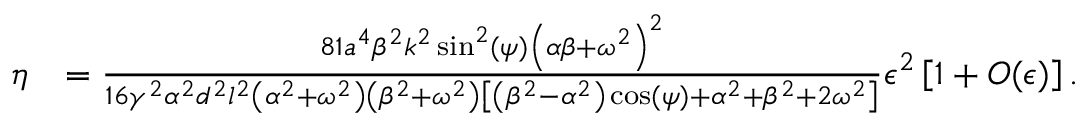
\begin{array} { r l } { \eta } & { = \frac { 8 1 a ^ { 4 } \beta ^ { 2 } k ^ { 2 } \sin ^ { 2 } ( \psi ) \left( \alpha \beta + \omega ^ { 2 } \right) ^ { 2 } } { 1 6 \gamma ^ { 2 } \alpha ^ { 2 } d ^ { 2 } l ^ { 2 } \left( \alpha ^ { 2 } + \omega ^ { 2 } \right) \left( \beta ^ { 2 } + \omega ^ { 2 } \right) \left[ \left( \beta ^ { 2 } - \alpha ^ { 2 } \right) \cos ( \psi ) + \alpha ^ { 2 } + \beta ^ { 2 } + 2 \omega ^ { 2 } \right] } \epsilon ^ { 2 } \left[ 1 + O ( \epsilon ) \right] . } \end{array}